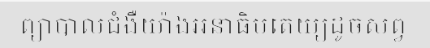
ព្យាបាលជំងឺយ៉ាងអនាធិបតេយ្យដូចសព្វ